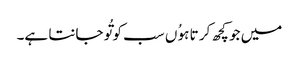
میں جو کچھ کر تا ہوُ ں سب کو تُو جانتا ہے۔